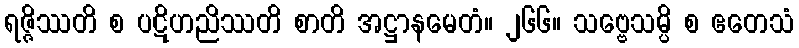
ရဇ္ဇိဿတိ စ ပဋိဟညိဿတိ စာတိ အဋ္ဌာနမေတံ။ ၂၆၆။ သဗ္ဗေသမ္ပိ စ ဧတေသံ